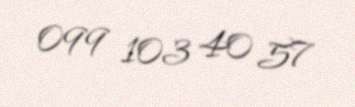
099 103 40 57